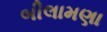
બીલામણા